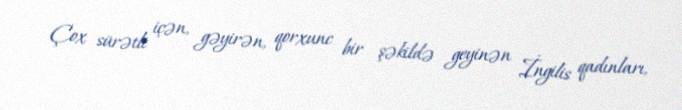
Çox sürətli içən, gəyirən, qorxunc bir şəkildə geyinən İngilis qadınları,